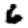
Digit: 6